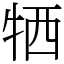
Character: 牺